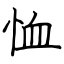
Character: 恤